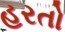
હરતો